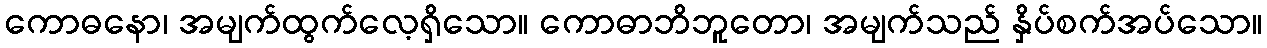
ကောဓနော၊ အမျက်ထွက်လေ့ရှိသော။ ကောဓာဘိဘူတော၊ အမျက်သည် နှိပ်စက်အပ်သော။